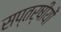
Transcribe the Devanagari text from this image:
सप्तर्षीयों